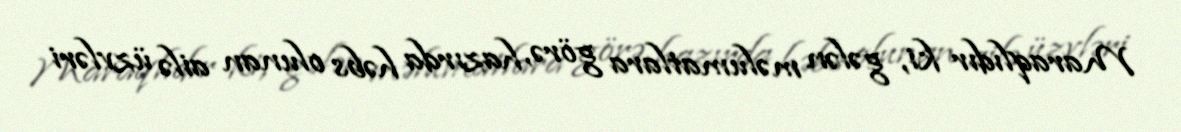
Maraqlıdır ki, gələn məlumatlara görə, hazırda həbs olunan ailə üzvləri